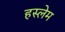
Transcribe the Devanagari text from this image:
हस्लेम